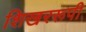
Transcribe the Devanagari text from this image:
शिखररूपी